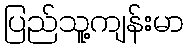
ပြည်သူ့ကျန်းမာ